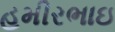
હમીરભાઇ